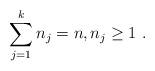
LaTeX: \begin{align*}\sum_{j=1}^k n_j=n,n_j\geq 1\ .\end{align*}